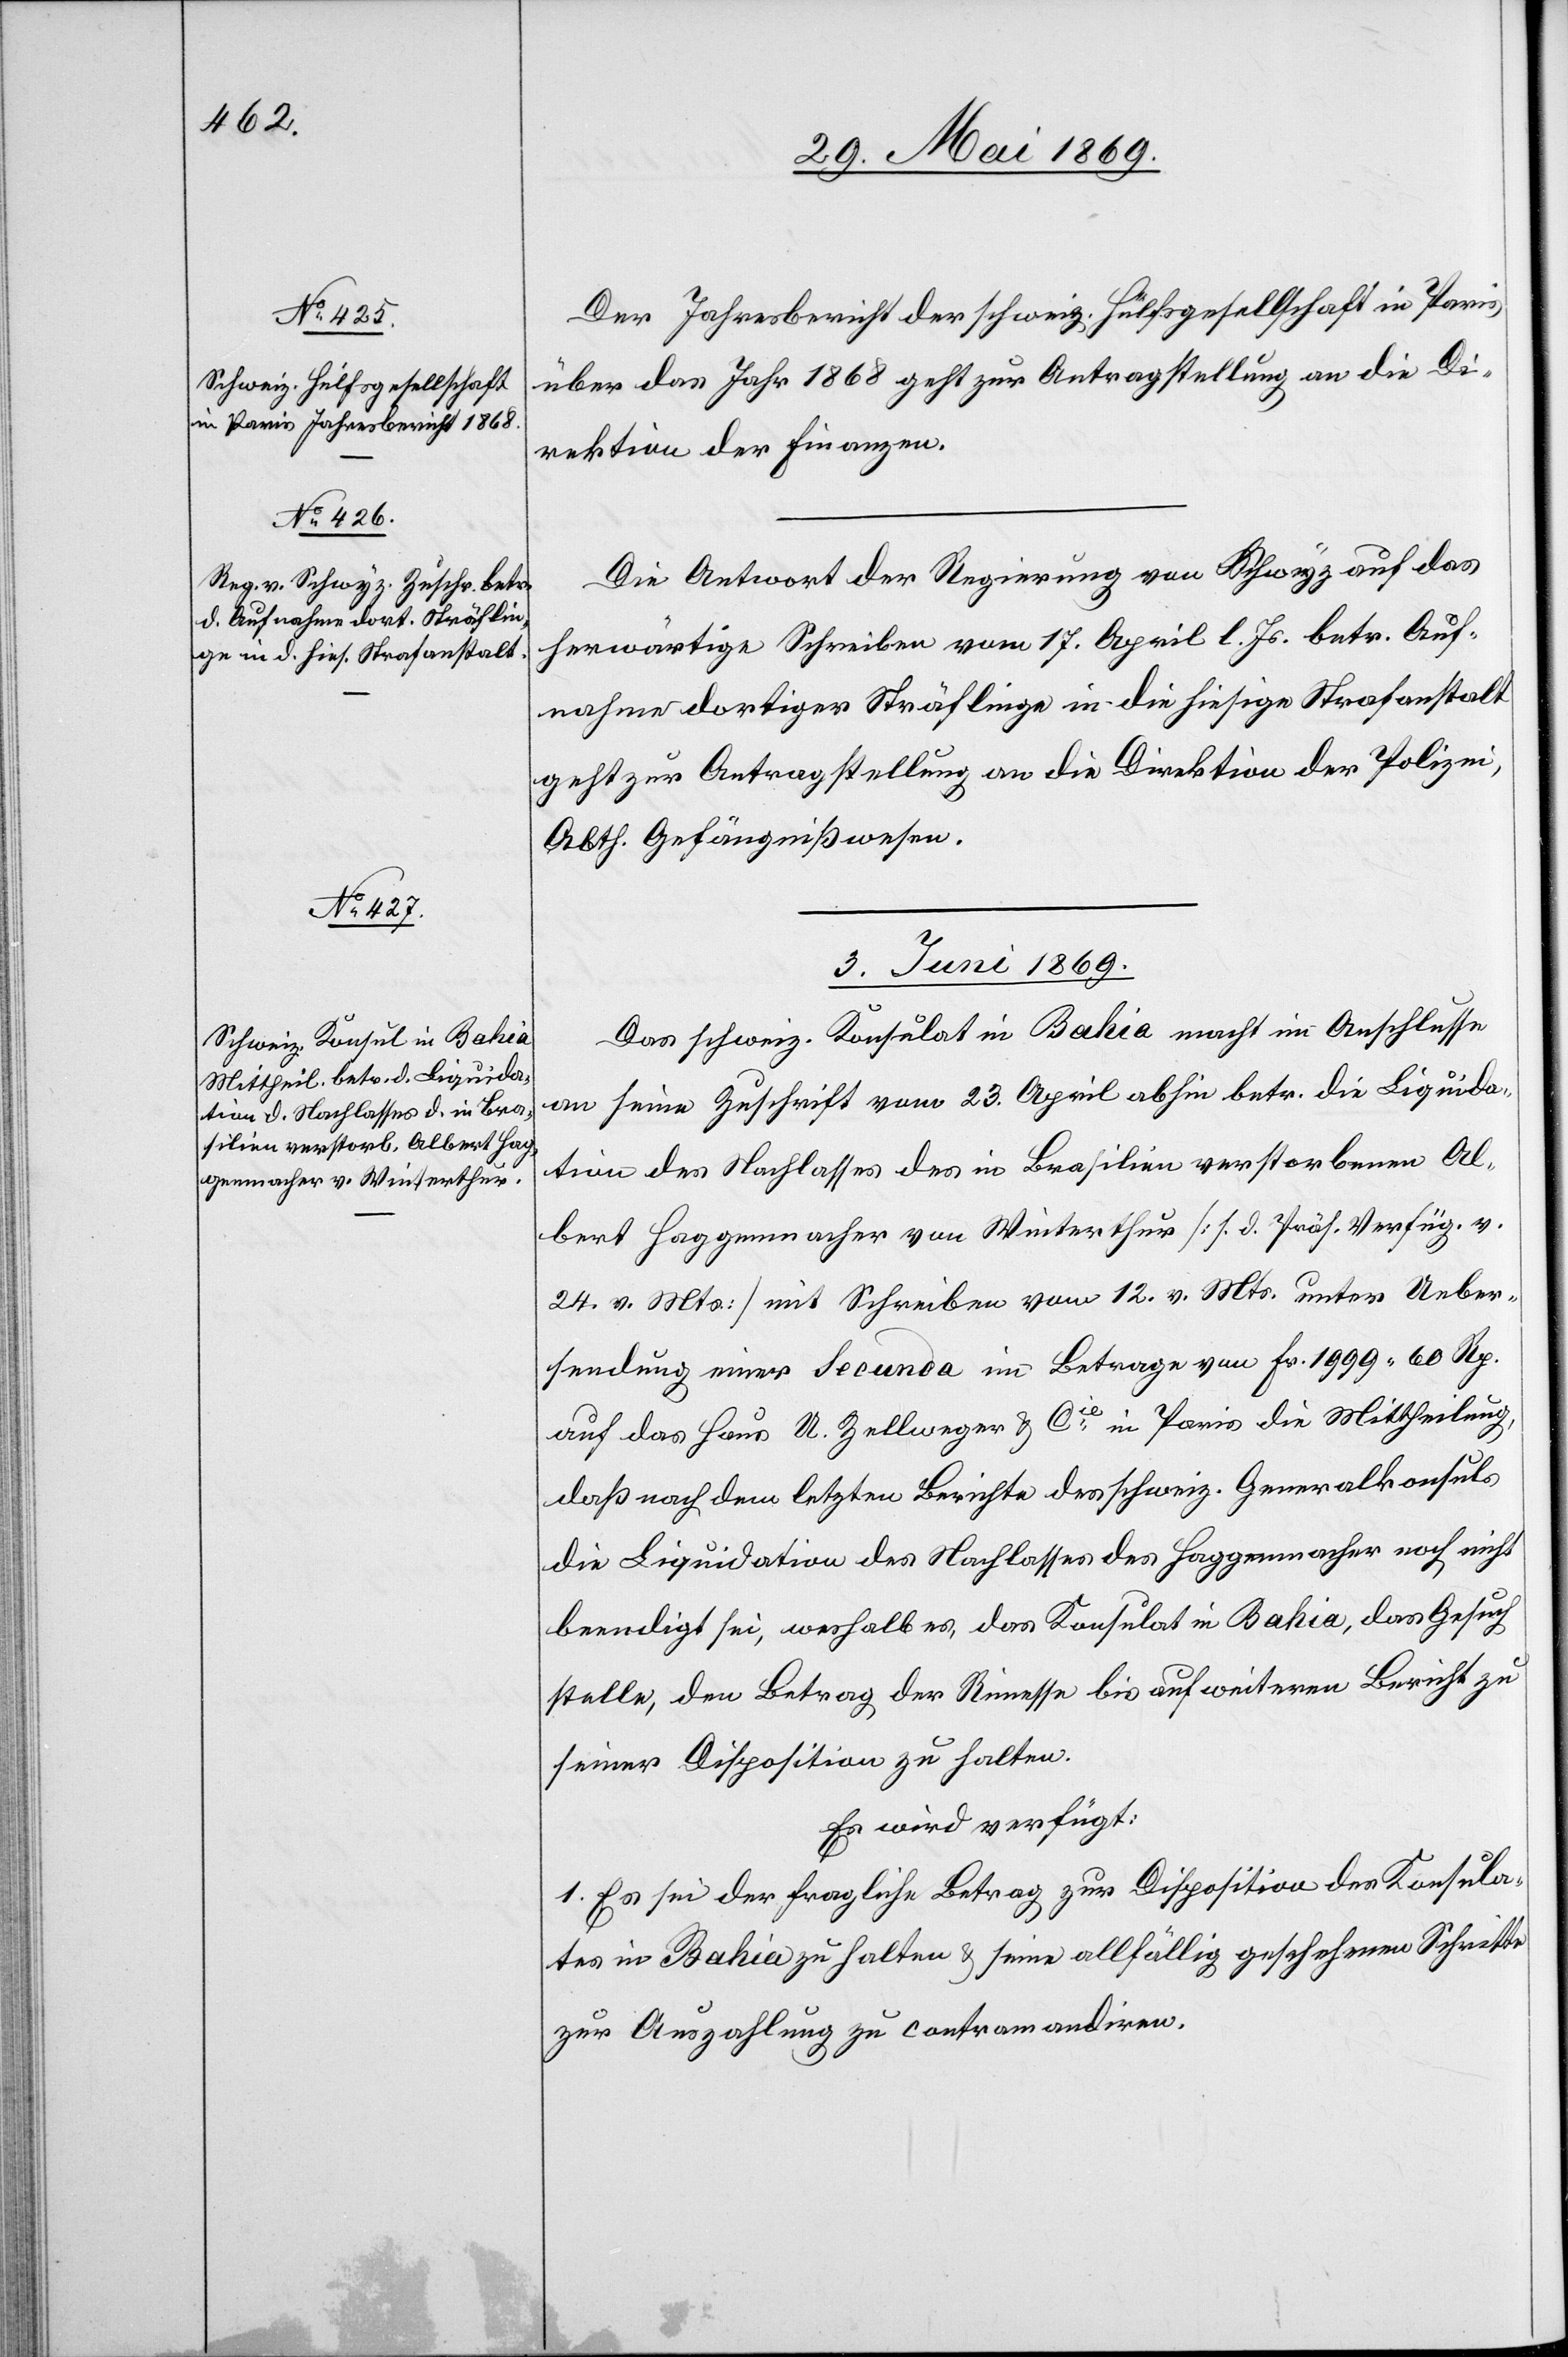
Die Antwort der Regierung von Schwyz auf das
herwärtige Schreiben vom 17. April l. Js. betr. Auf¬
nahme dortiger Sträflinge in die hiesige Strafanstalt
geht zur Antragstellung an die Direktion der Polizei,
Abth. Gefängnißwesen.
3. Juni 1869.
Das schweiz. Konsulat in Bahia macht im Anschlusse
an seine Zuschrift vom 23. April abhin betr. die Liquida¬
tion des Nachlasses des in Brasilien verstorbenen Al¬
bert Haggenmacher von Winterthur [s. d. Präs. Verfüg. v.
24. v. Mts.] mit Schreiben vom 12. v. Mts. unter Ueber¬
sendung einer Secunda im Betrage von Fr. 1999.60 Rp.
auf das Haus A. Zellweger u. Cie in Paris die Mittheilung,
daß nach dem letzten Berichte des schweiz. Generalkonsuls
die Liquidation des Nachlasses des Haggenmacher noch nicht
beendigt sei, weshalb es, das Konsulat in Bahia, das Gesuch
stelle, den Betrag der Rimesse bis auf weitern Bericht zu
seiner Disposition zu halten.
Es wird verfügt:
1. Es sei der fragliche Betrag zur Disposition des Konsula¬
tes in Bahia zu halten u. seine allfällig geschehenen Schritte
zur Auszahlung zu contramandiren.